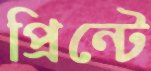
প্রিন্টে